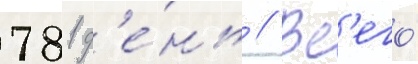
781 д'е́нь // Вс'его́